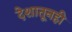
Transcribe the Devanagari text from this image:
देशातूनही